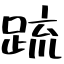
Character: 䟽